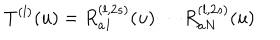
T ^ { ( l ) } ( u ) = R _ { a 1 } ^ { ( l , 2 s ) } ( u ) \cdots R _ { a N } ^ { ( l , 2 s ) } ( u )